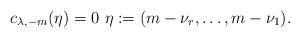
LaTeX: \begin{align*}c_{\lambda,-m}(\eta)=0\,\,\eta:=(m-\nu_r,\ldots,m-\nu_1).\end{align*}